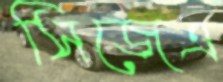
সিজেএ